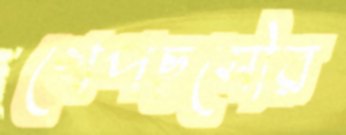
খেপছসৌর